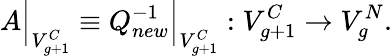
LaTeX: A\Bigr|_{V_{g+1}^{C}}\equiv Q_{new}^{-1}\Bigr|_{V_{g+1}^{C}}:V_{g+1}^{C}\to V_{g}^{N}.